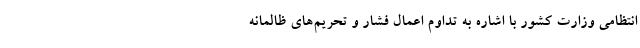
انتظامی وزارت کشور با اشاره به تداوم اعمال فشار و تحریم‌های ظالمانه